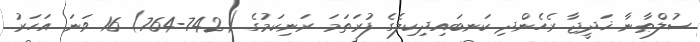
ސުލްޠާނާ ޚަދީޖާ ރެހެންދި ކަނބައިދިކިލެގެ ފުރަތަމަ ރަނިކަމުގެ (742-764) 16 ވަނަ އަހަރު